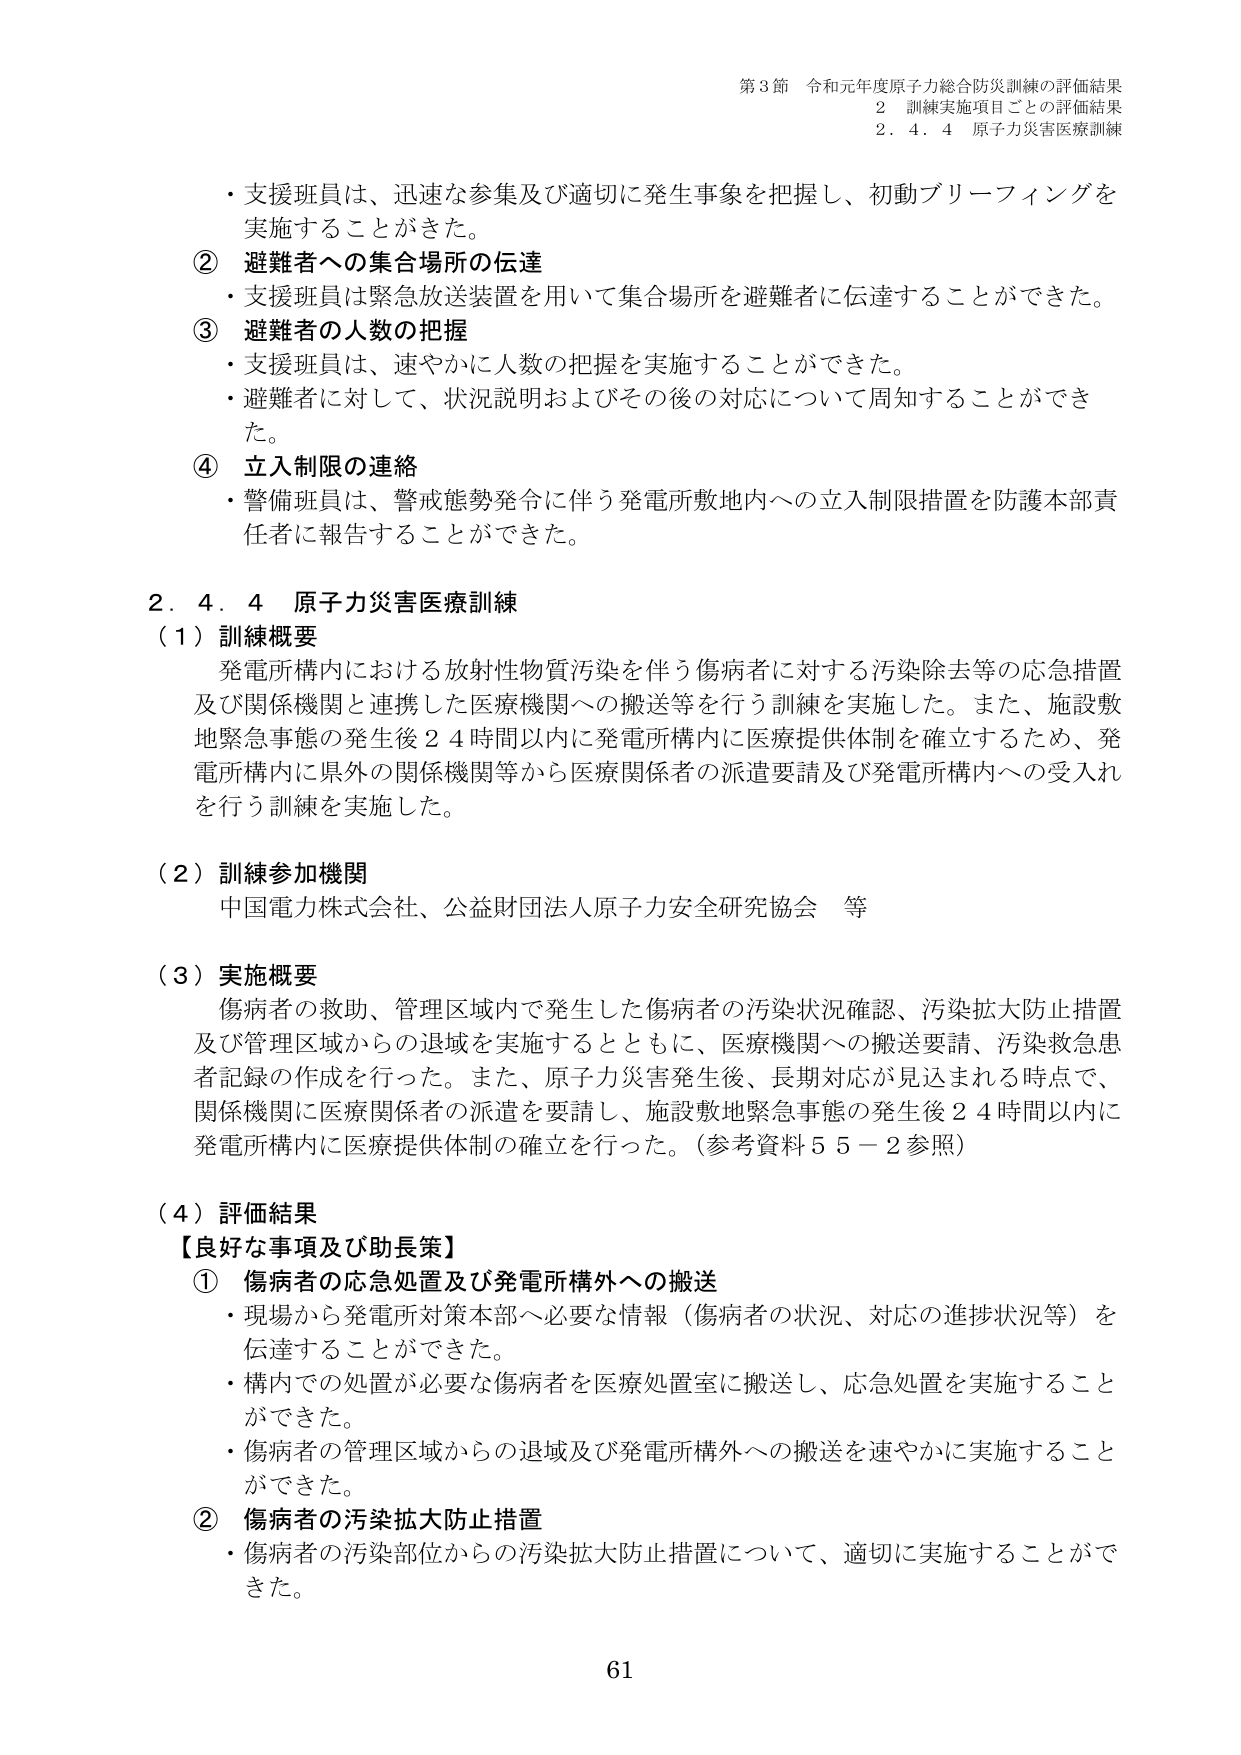
第3節 令和元年度原子力総合防災訓練の評価結果
2 訓練実施項目ごとの評価結果
2.4.4 原子力災害医療訓練

・支援班員は、迅速な参集及び適切に発生事象を把握し、初動ブリーフィングを
実施することができた。
② 避難者への集合場所の伝達
・支援班員は緊急放送装置を用いて集合場所を避難者に伝達することができた。
③ 避難者の人数の把握
・支援班員は、速やかに人数の把握を実施することができた。
・避難者に対して、状況説明およびその後の対応について周知することができた。
④ 立入制限の連絡
・警備班員は、警戒態勢発令に伴う発電所敷地内への立入制限措置を防護本部責任者に報告することができた。

2.4.4 原子力災害医療訓練
（1）訓練概要
発電所構内における放射性物質汚染を伴う傷病者に対する汚染除去等の応急措置
及び関係機関と連携した医療機関への搬送等を行う訓練を実施した。また、施設敷地緊急事態の発生後24時間以内に発電所構内に医療提供体制を確立するため、発電所構内に県外の関係機関等から医療関係者の派遣要請及び発電所構内への受入れを行う訓練を実施した。

（2）訓練参加機関
中国電力株式会社、公益財団法人原子力安全研究協会 等

（3）実施概要
傷病者の救助、管理区域内で発生した傷病者の汚染状況確認、汚染拡大防止措置
及び管理区域からの退域を実施するとともに、医療機関への搬送要請、汚染救急患者記録の作成を行った。また、原子力災害発生後、長期対応が見込まれる時点で、関係機関に医療関係者の派遣を要請し、施設敷地緊急事態の発生後24時間以内に発電所構内に医療提供体制の確立を行った。（参考資料55－2参照）

（4）評価結果
【良好な事項及び助長策】
① 傷病者の応急処置及び発電所構外への搬送
・現場から発電所対策本部へ必要な情報（傷病者の状況、対応の進捗状況等）を
伝達することができた。
・構内での処置が必要な傷病者を医療処置室に搬送し、応急処置を実施することができた。
・傷病者の管理区域からの退域及び発電所構外への搬送を速やかに実施することができた。
② 傷病者の汚染拡大防止措置
・傷病者の汚染部位からの汚染拡大防止措置について、適切に実施することができた。

61